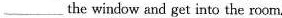
___the window and get into the room.